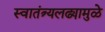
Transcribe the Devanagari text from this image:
स्वातंत्र्यलढ्यामुळे